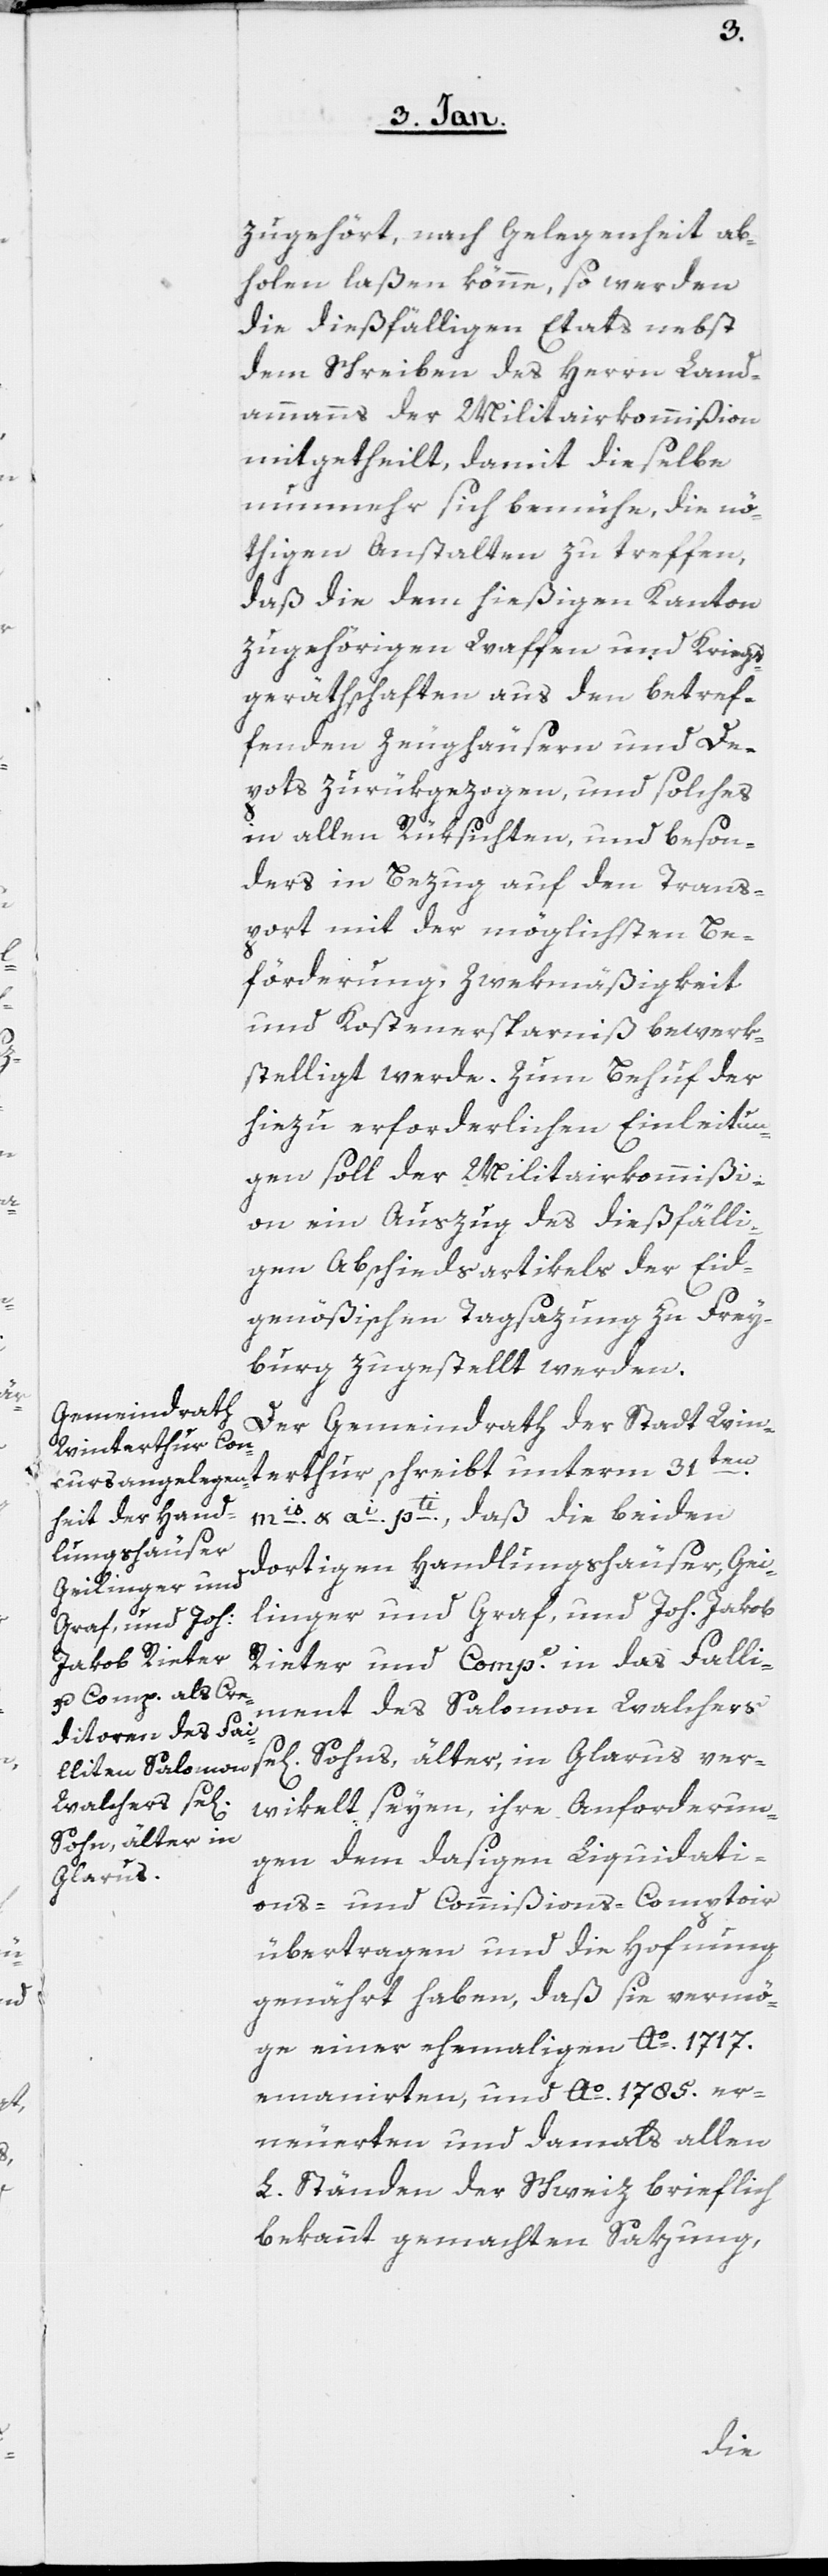
zugehört, nach Gelegenheit ab¬
holen laßen könne, so werden
die dießfälligen Etats nebst
dem Schreiben des Herrn Land¬
ammanns der Militairkommißion
mitgetheilt, damit dieselbe
nunmehr sich bemühe, die nö¬
thigen Anstalten zu treffen,
daß die dem hießigen Kanton
zugehörigen Waffen und Kriegs¬
geräthschaften aus den betref¬
fenden Zeughäusern und De¬
pots zurükgezogen, und solches
in allen Rüksichten und beson¬
ders in Bezug auf den Trans¬
port mit der möglichsten Be¬
förderung, Zwekmäßigkeit
und Kostenersparniß bewerk¬
stelligt werde. Zum Behuf der
hiezu erforderlichen Einleitun¬
gen soll der Militairkommißi¬
on ein Auszug des dießfälli¬
gen Abschiedsartikels der Eid¬
genößischen Tagsazung zu Frey¬
burg zugestellt werden.
Der Gemeindrath der Stadt Win¬
mis. & ai. pti. , daß die beyden
ver¬
dortigen Handlungshäuser, Gei¬
linger und Graf, und Joh. Jakob
Rieter & Compe. in das Falli¬
ment des Salomon Walchers
wikelt seyen, ihre Anforderun¬
Sohns, älter, in
gen dem dasigen Liquidati¬
Glarus
ons- und Commißions-Comptoir
übertragen und die Hofnung
genährt haben, daß sie vermö¬
ge einer ehemaligen Ao. 1717.
emanierten, und Ao. 1785. er¬
neuerten und damals allen
L. Ständen der Schweiz brieflich
bekannt gemachten Satzung,